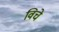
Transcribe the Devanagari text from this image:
विचे